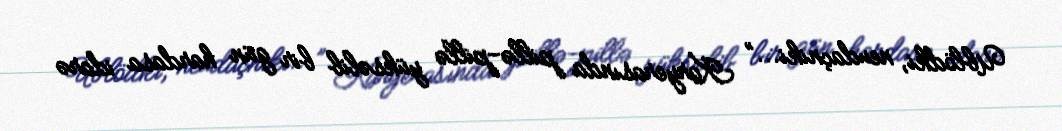
Ublödki, neudaçniki...” Karyerasında pillə-pillə yüksəlib bir gün hardasa idarə